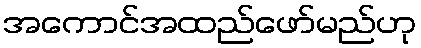
အကောင်အထည်ဖော်မည်ဟု